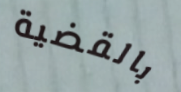
بالقضية